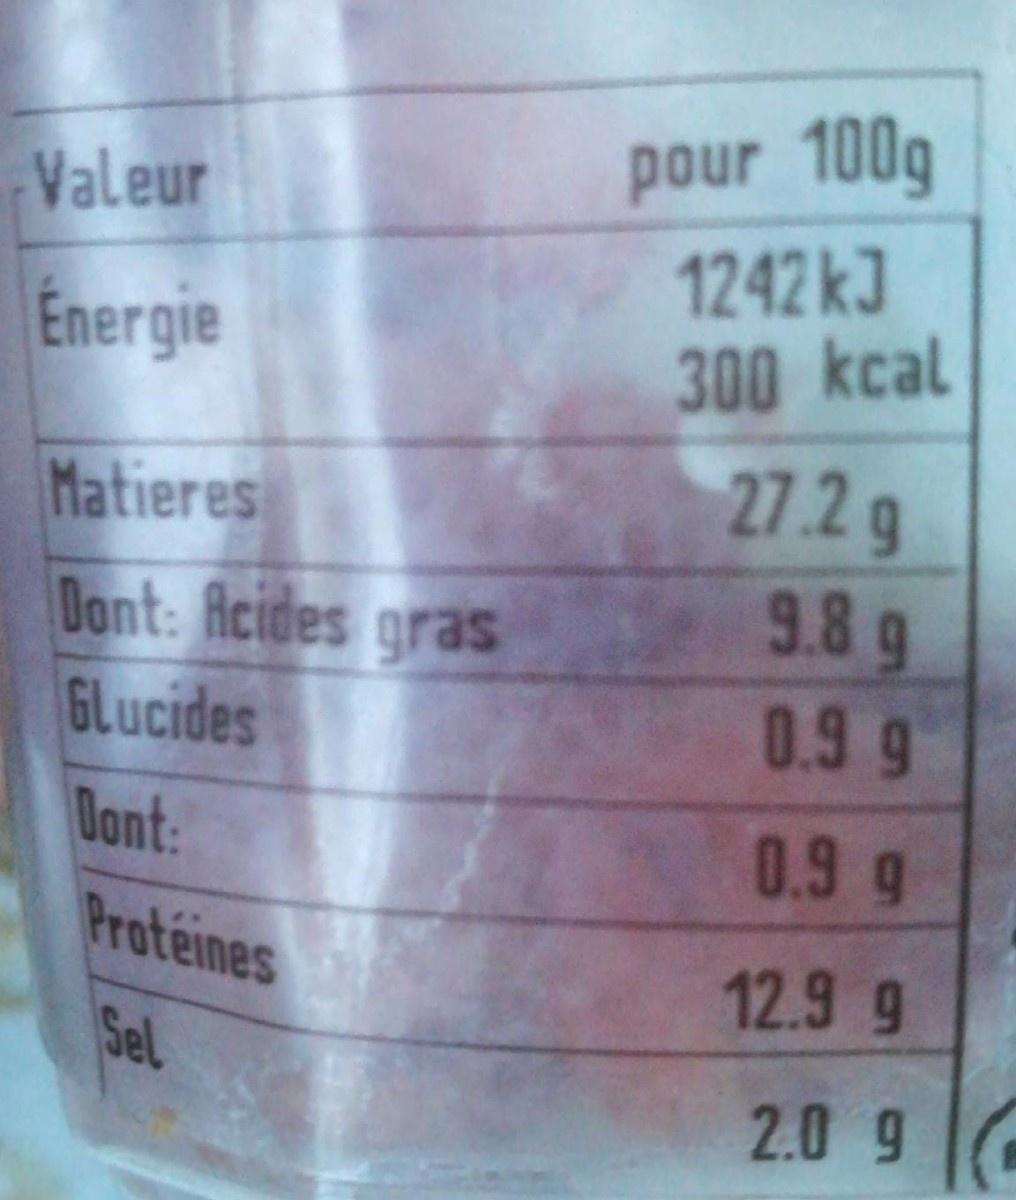
pour 100g 1242 kJ 300 kcal
Valeur
Énergie
27.2g
Matieres Dant: Acides gras GLucides Dont: Proteines
9.8 g 0.9 9
0.9 g
12.9 g
Sel
2.0 9